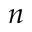
n